65_HS1-834228961_62-HQ-83894_Section_2
Agency: FBI
Page 93
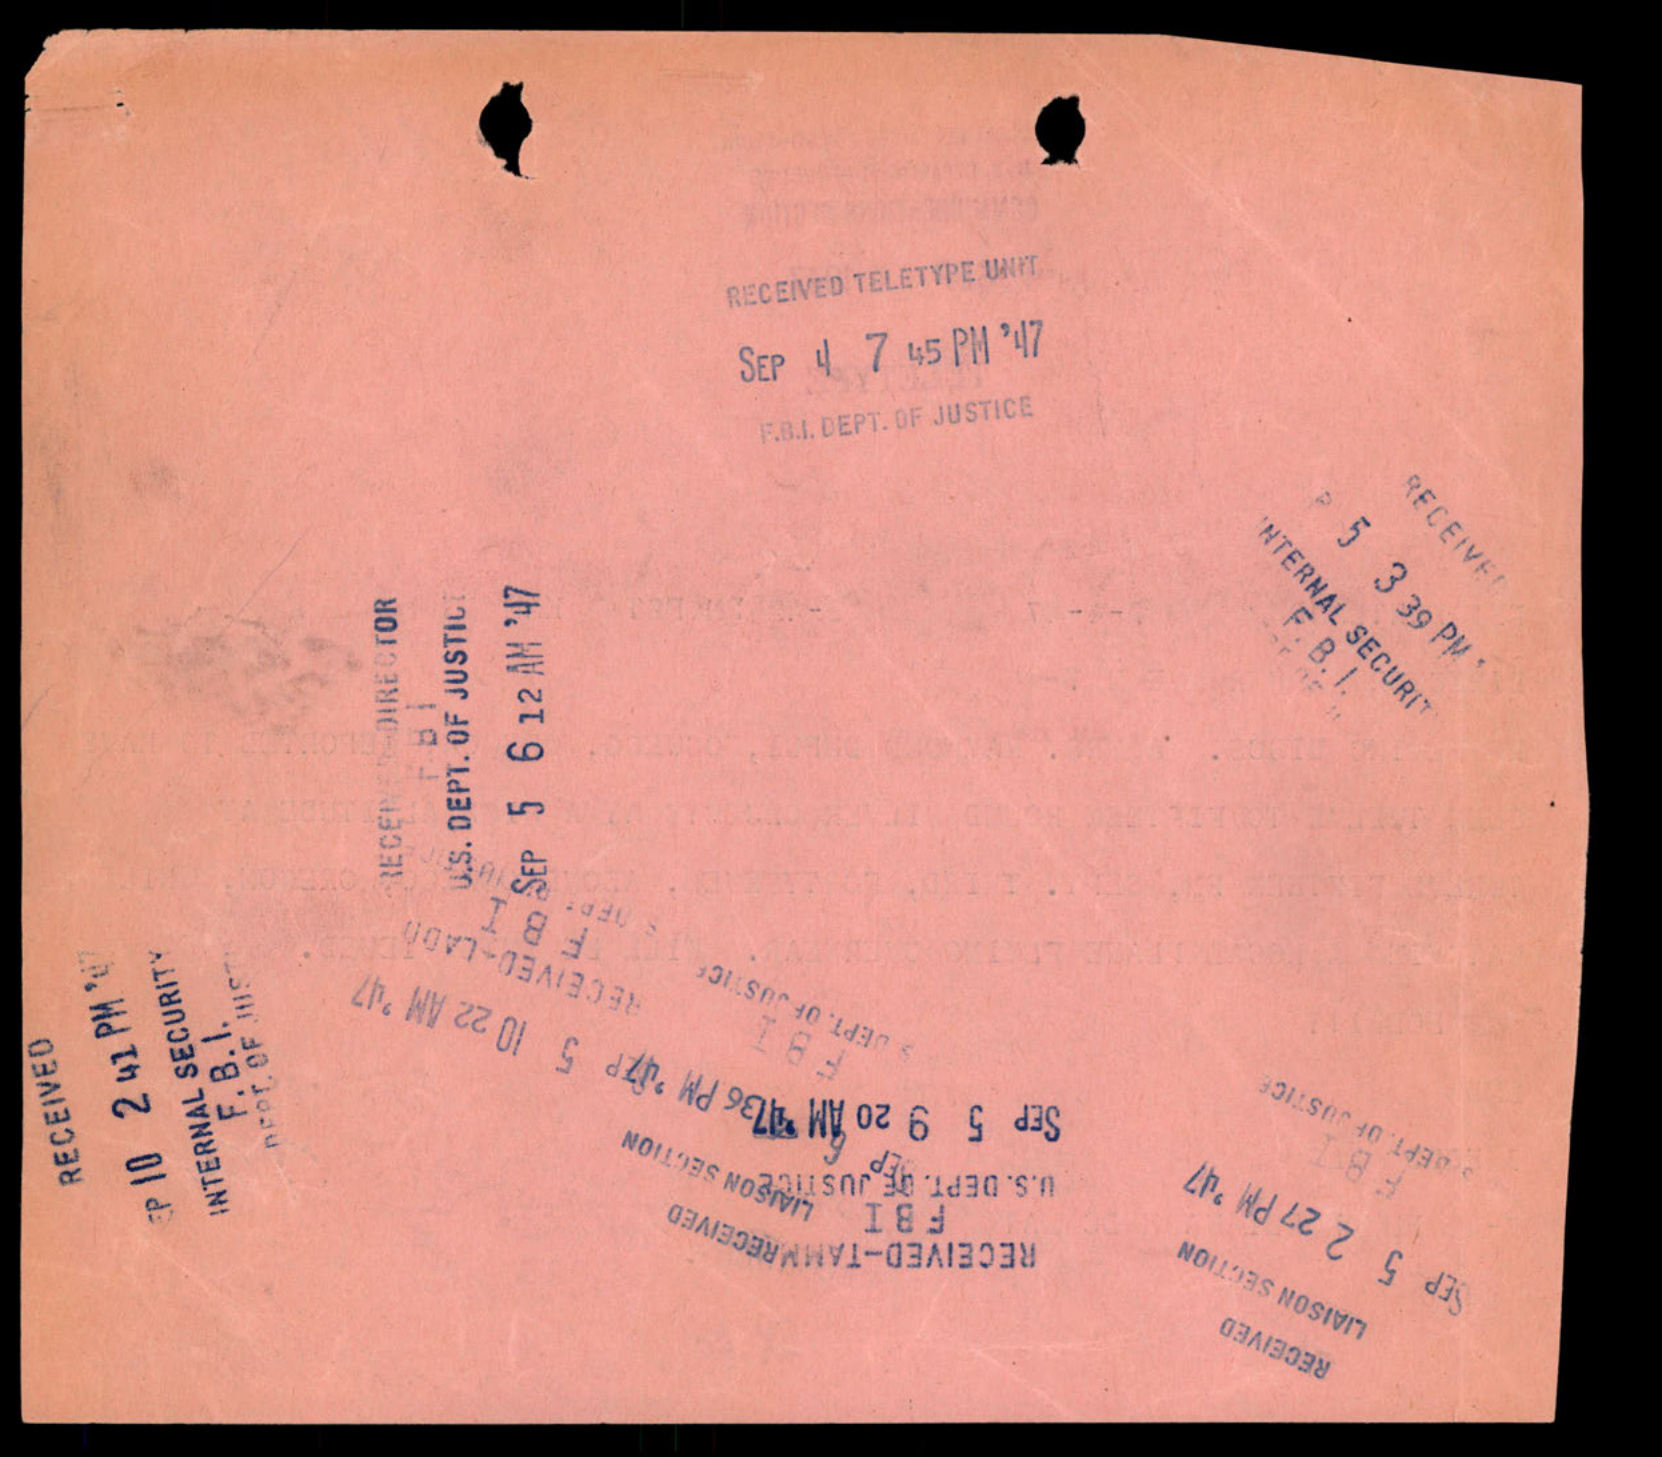